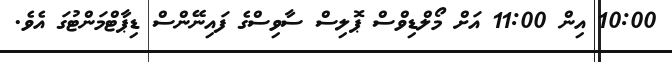
10:00 އިން 11:00 އަށް މޯލްޑިވްސް ޕޮލިސް ސާވިސްގެ ފައިނޭންސް ޑިޕާޓްމަންޓުގަ އެވެ.